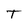
Character: T